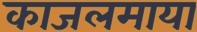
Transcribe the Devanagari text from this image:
काजलमाया